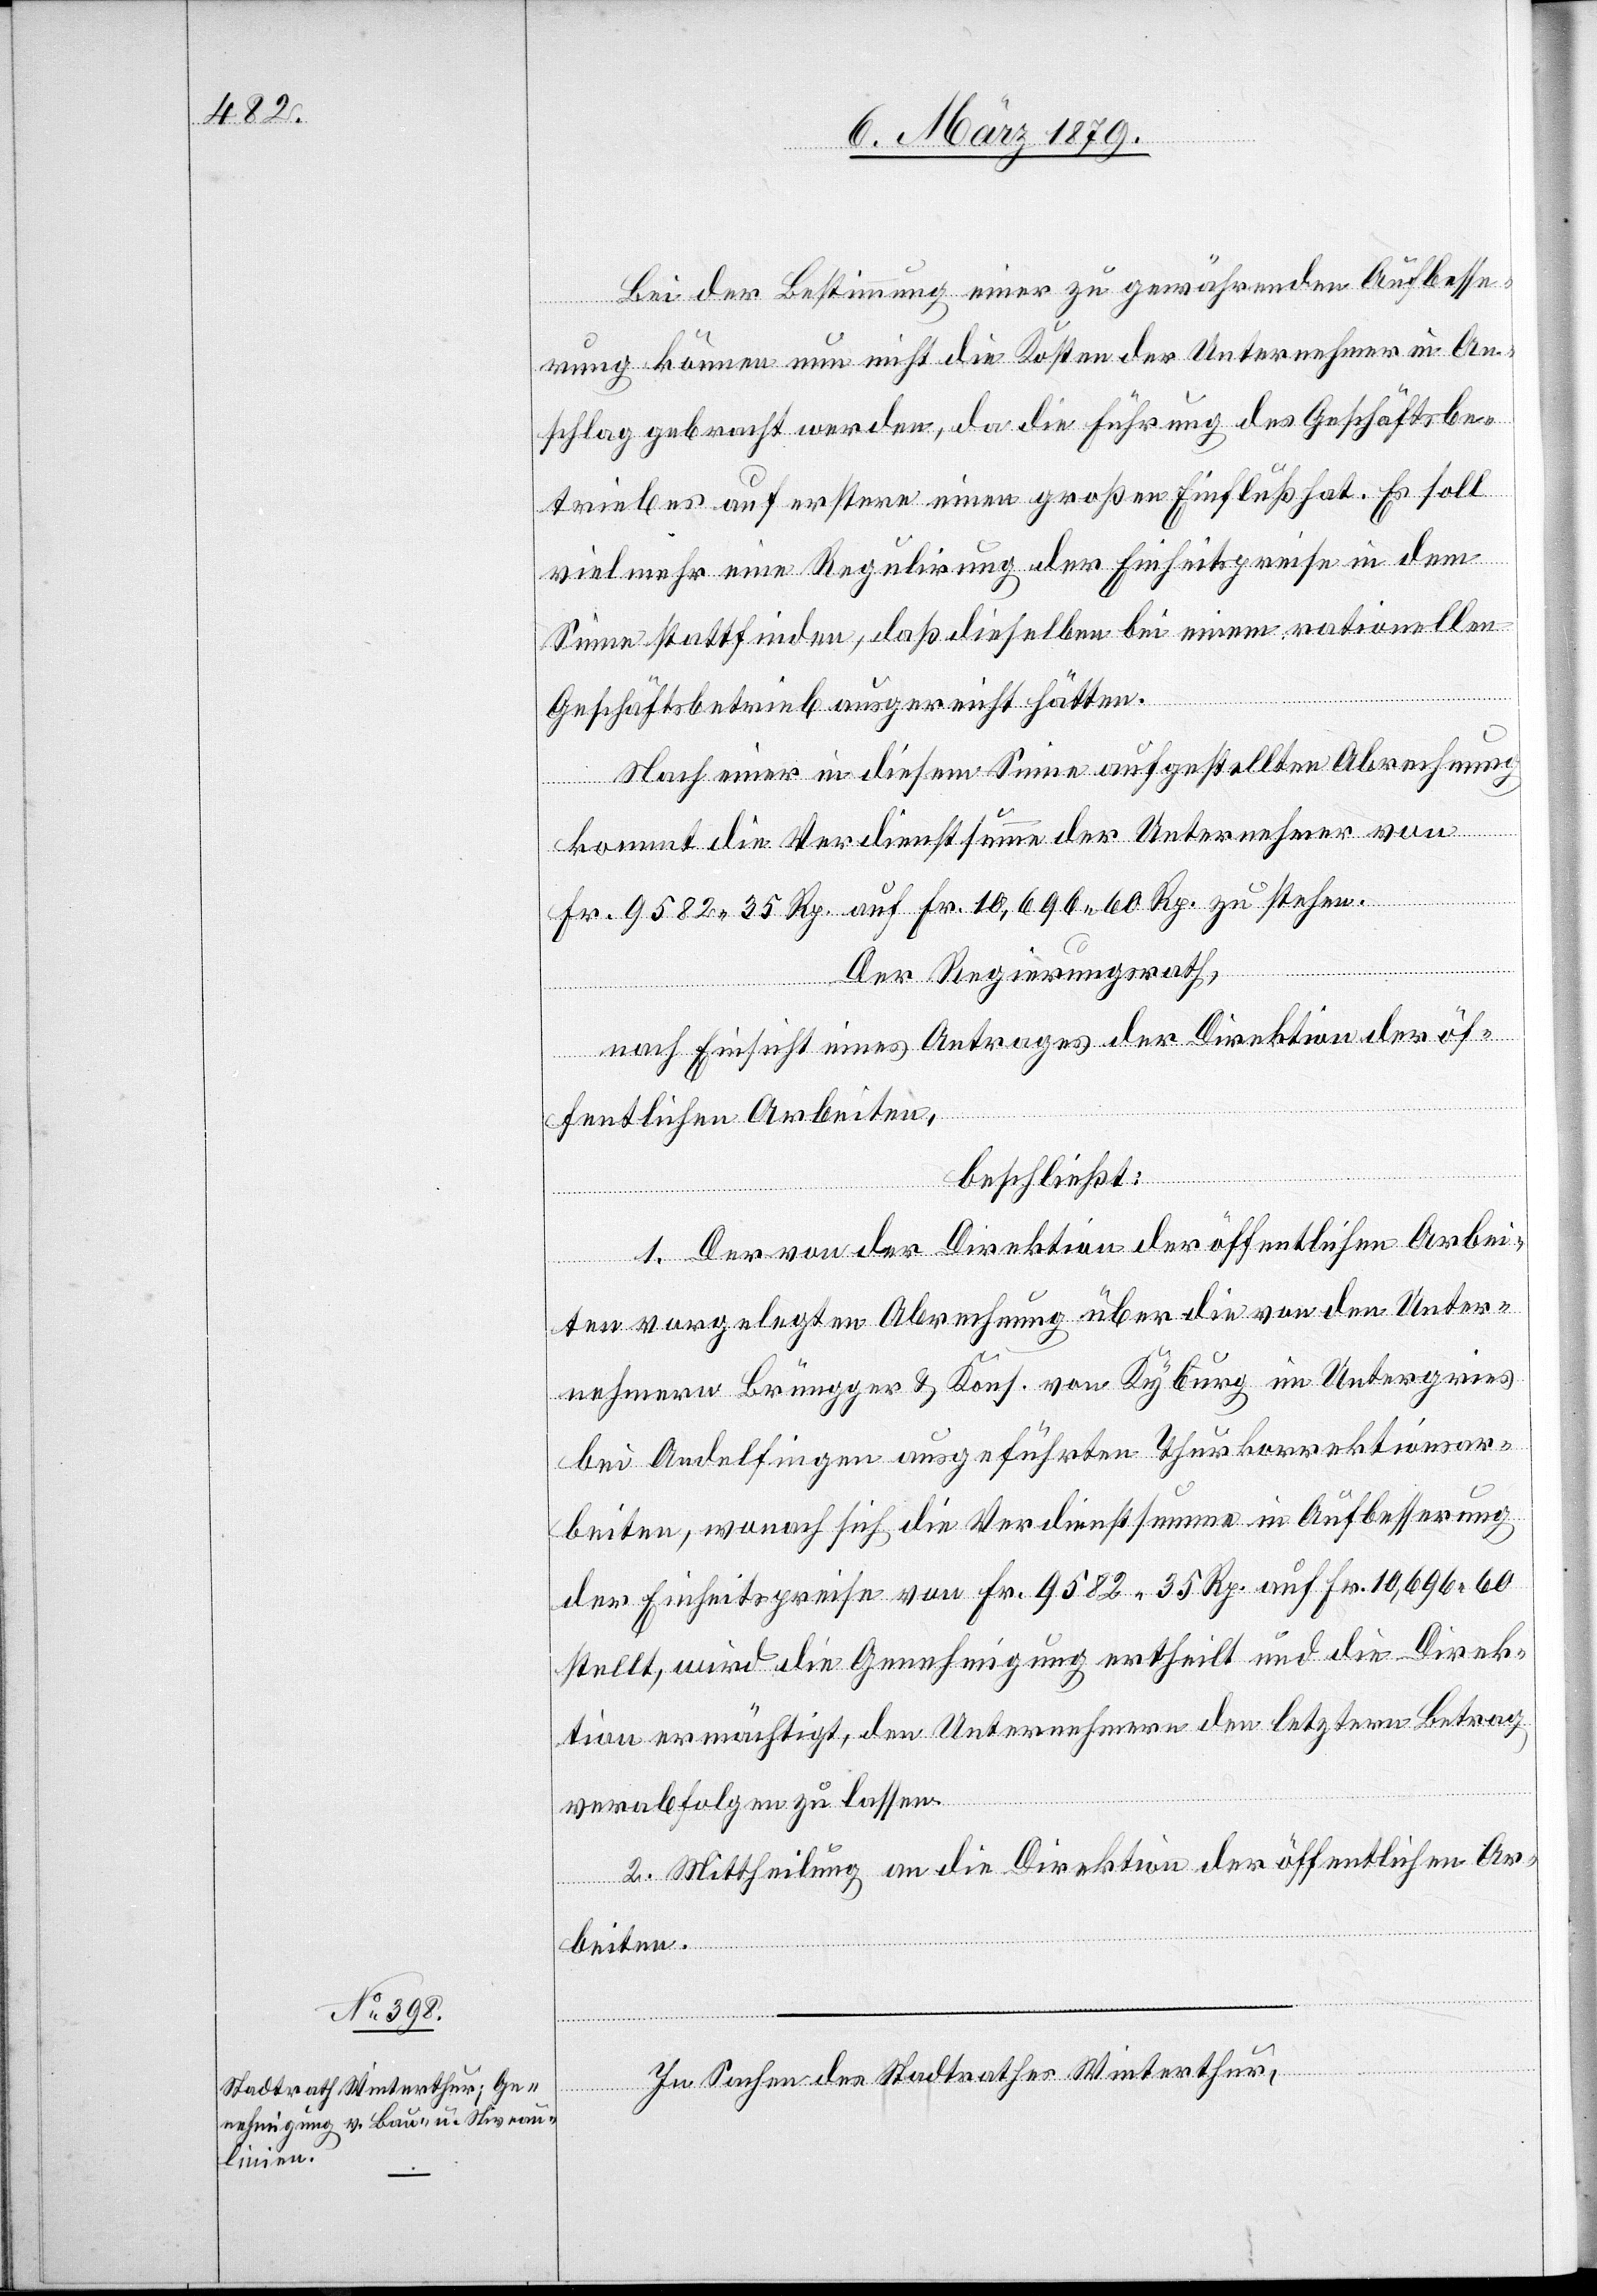
Bei der Bestimmung einer zu gewährenden Aufbesse¬
rung können nun nicht die Kosten der Unternehmer in An¬
schlag gebracht werden, da die Führung des Geschäftsbe¬
triebes auf erstere einen großen Einfluß hat. Es soll
vielmehr eine Regulirung der Einheitspreise in dem
Sinne stattfinden, daß dieselben bei einem rationellen
Geschäftsbetrieb ausgereicht hätten.
Nach einer in diesem Sinne aufgestellten Abrechnung
kommt die Verdienstsumme der Unternehmer von
Fr. 9582 35 Rp. auf Fr. 10,696 60 Rp. zu stehen.
Der Regierungsrath,
nach Einsicht eines Antrages der Direktion der öf¬
fentlichen Arbeiten,
beschließt:
1. Der von der Direktion der öffentlichen Arbei¬
ten vorgelegten Abrechnung über die von den Unter¬
nehmern Brüngger & Kons. von Kyburg im Untergries
bei Andelfingen ausgeführten Thurkorrektionsar¬
beiten, wonach sich die Verdienstsumme in Aufbesserung
der Einheitspreise von Fr. 9582 35 Rp. auf Fr. 10,696 60
stellt, wird die Genehmigung ertheilt und die Direk¬
tion ermächtigt, den Unternehmern den letztern Betrag
verabfolgen zu lassen.
2. Mittheilung an die Direktion der öffentlichen Ar¬
beiten.
In Sachen des Stadtrathes Winterthur,